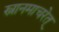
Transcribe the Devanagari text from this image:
स्नानमाचरेत्